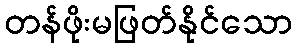
တန်ဖိုးမဖြတ်နိုင်သော